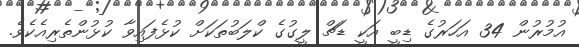
އުމުރުން 34 އަހަރުގެ ޑިބީ އަކީ ޑަޗް ލީގުގެ ކްލަބުތަކަށް ކުޅެފައިވާ ކުޅުންތެރިއެކެވެ.